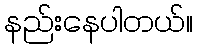
နည်းနေပါတယ်။